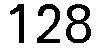
128